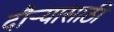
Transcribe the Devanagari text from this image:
दौऱ्यासाठी